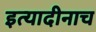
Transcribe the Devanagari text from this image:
इत्यादीनाच